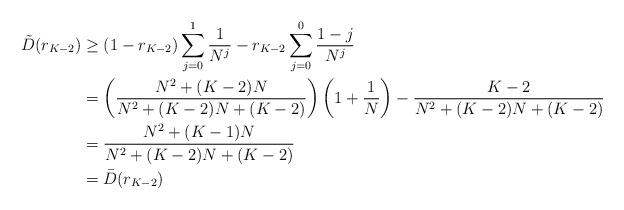
LaTeX: \begin{align*}\tilde{D}(r_{K-2})&\geq (1-r_{K-2}) \sum_{j=0}^{1} \frac{1}{N^j} - r_{K-2}\sum_{j=0}^{0} \frac{1-j}{N^j} \\& = \left( \frac{N^2+(K-2)N}{N^2+(K-2)N+(K-2)} \right) \left(1+\frac{1}{N} \right) - \frac{K-2}{N^2+(K-2)N+(K-2)} \\& = \frac{N^2 +(K-1)N}{N^2+(K-2)N+(K-2)} \\& = \bar{D}(r_{K-2}) \end{align*}